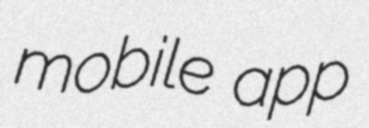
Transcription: mobile app